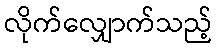
လိုက်လျှောက်သည့်